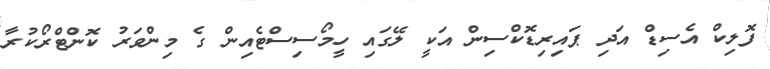
ފޮލިކް އެސިޑް އަދި ޕައިރިޑޮކްސިން އަކީ ލޭގައި ހީމޯސިސްޓެއިން ގެ މިންވަރު ކޮންޓްރޯކުރާ